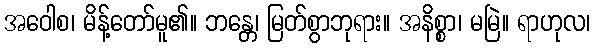
အဝေါစ၊ မိန့်တော်မူ၏။ ဘန္တေ၊ မြတ်စွာဘုရား။ အနိစ္စာ၊ မမြဲ။ ရာဟုလ၊